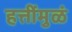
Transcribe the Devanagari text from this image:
हत्तींमुळं